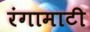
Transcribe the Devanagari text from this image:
रंगामाटी